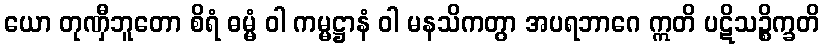
ယော တုဏှီဘူတော စိရံ ဓမ္မံ ဝါ ကမ္မဋ္ဌာနံ ဝါ မနသိကတွာ အပရဘာဂေ ဣတိ ပဋိသဉ္စိက္ခတိ